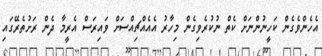
އެހެންވެގެން ކަހީނުންނަށް ކެތް ނުކުރެވިގެން މިހާރު އެއެއްޗިއްސަށް ވައިރަސް އެރީމާ ދެން ރަށުތެރޭގައި